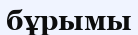
бұрымы